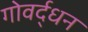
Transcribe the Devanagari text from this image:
गोवर्द्धन